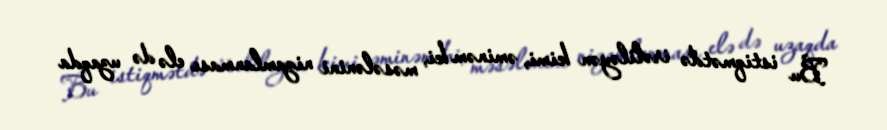
Bu istiqmətdə irəliləyən kimi, əminəm ki, məsələnini nizamlanması elə də uzaqda